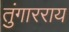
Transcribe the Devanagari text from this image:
तुंगारराय